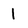
Character: 1